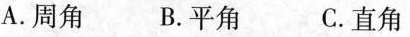
A.周角 B.平角 C.直角